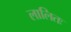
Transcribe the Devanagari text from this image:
लालितः